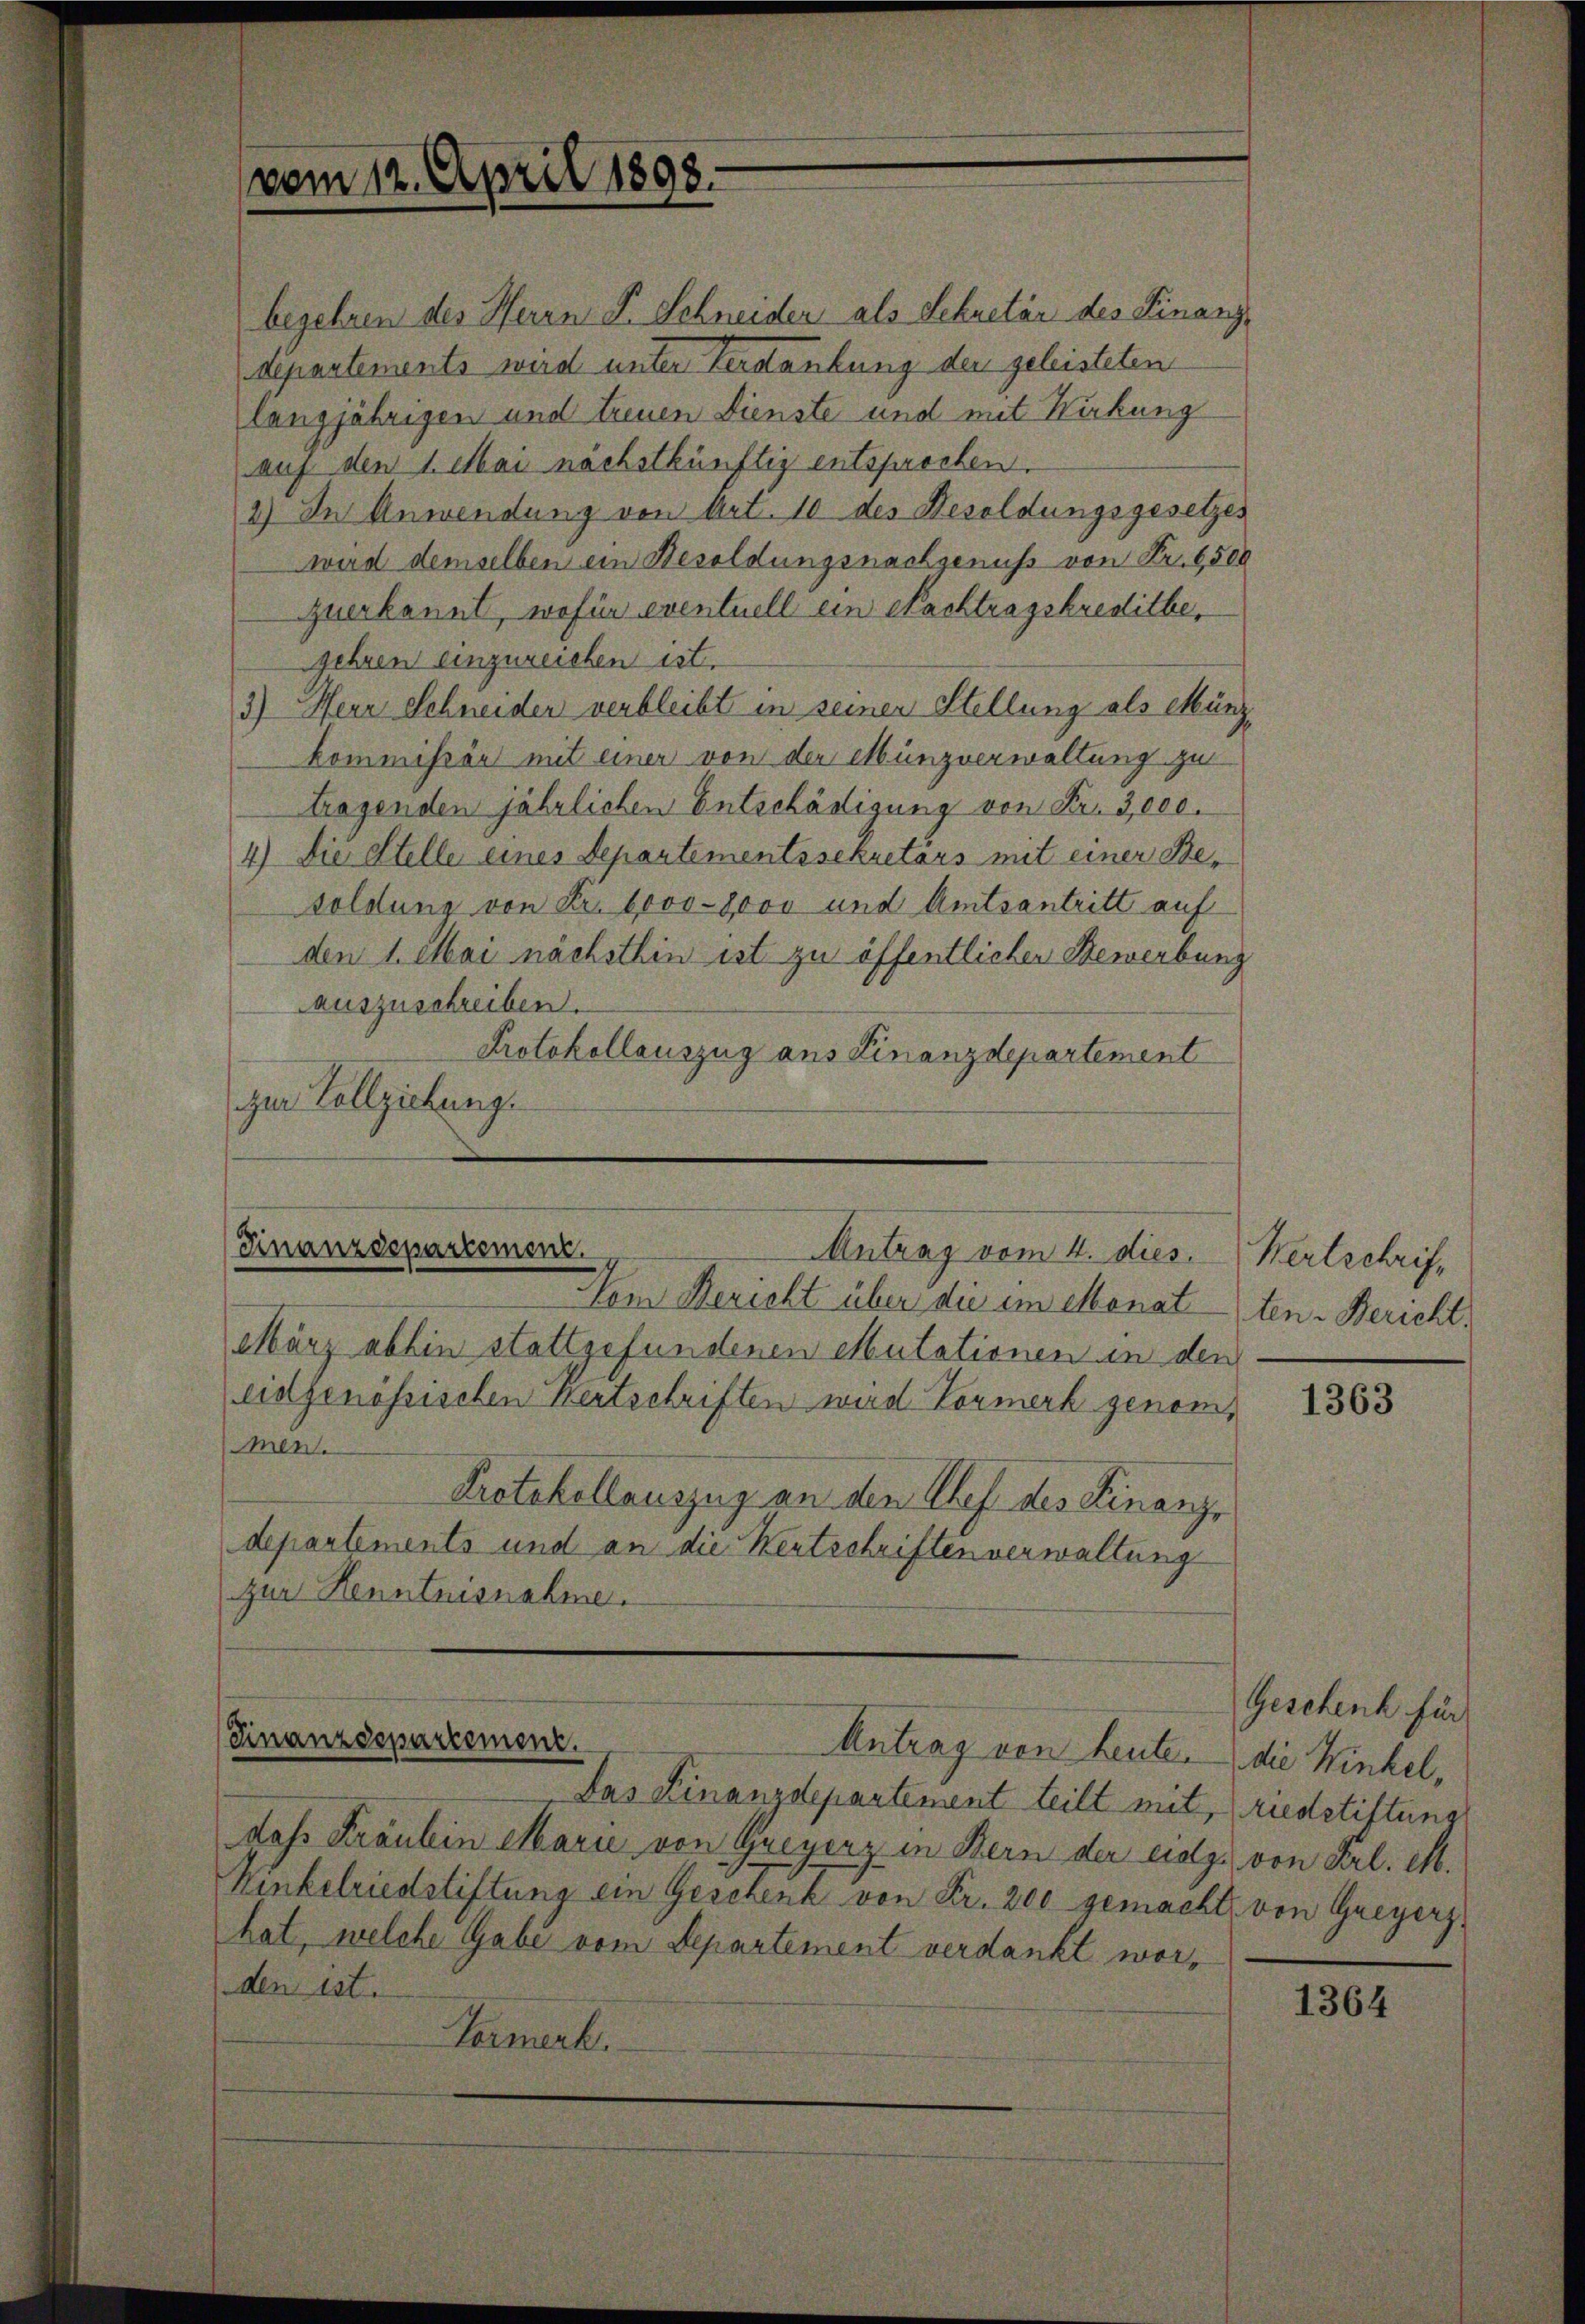
vom 12. April 1898.

begehren der Herrn P. Schneider als Sekretär des Finanzdepartements wird unter Verdankung der geleisteten
langjährigen und treuen Dienste und mit Wirkung
auf den 1. Mai nächstkünftig entsprochen.

2) In Anwendung von Art. 10 des Besoldungsgesetzes
wird demselben ein Besoldungsnachgenuss von Fr. 6500
querkannt, wofür eventuell ein Nachtragskreditbegehren einzureichen ist.
3.) Herr Schneider verbleibt in seinen Stellung als Münzkommissärs mit einer von der Münzverwaltung zu
tragenden jährlichen Entschädigung von Fr. 3,000.
4) Die Stelle eines Departementssekretärs mit einer Besoldung von Fr. 6000-2000 und Amtsantritt auf
den 1. Mai nächsthin ist zu öffentlicher Bewerbung
auszuschreiben.
Protokollauszug aus Finanzdepartement
zur Vollziehung.

Finanzdepartement.
Antrag vom 4. dies.

Vom Bericht über die im Menatten-Bericht.
März abhin stattgefundenen Mutationen in den
eidgenössischen Kertschriften wird Vormerk genommen.
Protokollauszug an den Chef des Finanze
departements und an die Wertschriften verwaltung
zur Henntnisnahme.

Finanzdepartement.
Antrag von heute die Winkel,

Das Finanzdepartement teilt mit, rudstiftung
dass Frauben Marie von Greyerz in Bern der eidg. von Frl. M.
Kinkelriedstiftung ein Geschenk von Fr. 200 gemacht, von Greyerz
hat, welche Gabe vom Separtement verdankt worden ist.
Carmerk

Wertschrift

1363

Geschenk für

1364